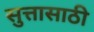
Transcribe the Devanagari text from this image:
सुत्तासाठी